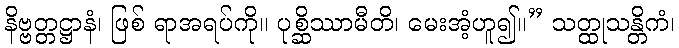
နိဗ္ဗတ္တဋ္ဌာနံ၊ ဖြစ် ရာအရပ်ကို။ ပုစ္ဆိဿာမီတိ၊ မေးအံ့ဟူ၍။” သတ္ထုသန္တိကံ၊